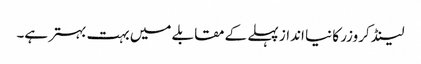
لینڈ کروزر کا نیا انداز پہلے کے مقابلے میں بہت بہتر ہے۔